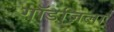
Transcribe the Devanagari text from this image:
गॉडज़िला